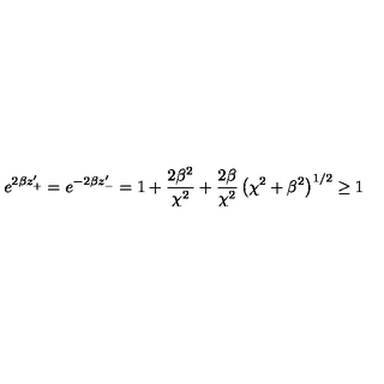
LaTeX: e ^ { 2 \beta z _ { + } ^ { \prime } } = e ^ { - 2 \beta z _ { - } ^ { \prime } } = 1 + \frac { 2 \beta ^ { 2 } } { \chi ^ { 2 } } + \frac { 2 \beta } { \chi ^ { 2 } } \left( \chi ^ { 2 } + \beta ^ { 2 } \right) ^ { 1 / 2 } \geq 1